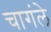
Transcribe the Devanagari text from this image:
चागंले